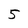
Character: 5